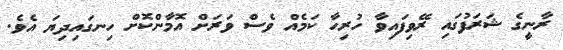
ރާނީގެ ޝަރަފުގައި ރޭވިފައިވާ ހުރިހާ ކަމެއް ވެސް ވަރަށް އޮމާންކޮށް ހިނގައިދިޔަ އެވެ.